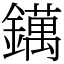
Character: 𨭬